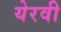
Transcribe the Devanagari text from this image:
येरवी